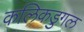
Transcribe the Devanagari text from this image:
कलिकडुगल